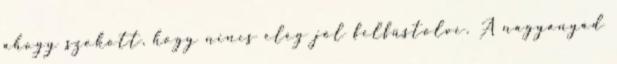
ahogy szokott, hogy nincs elég jól felfüstölve. A nagyanyád